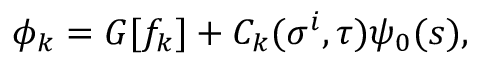
\phi _ { k } = G [ f _ { k } ] + C _ { k } ( \sigma ^ { i } , \tau ) \psi _ { 0 } ( s ) ,